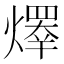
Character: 𤏵